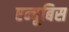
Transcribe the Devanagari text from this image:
एन्दूबिस